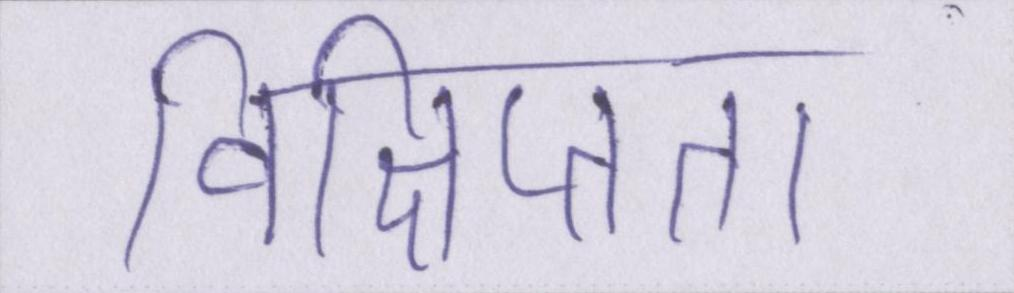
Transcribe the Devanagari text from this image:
विक्षिप्तता